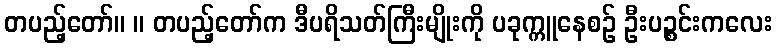
တပည့်တော်။ ။ တပည့်တော်က ဒီပရိသတ်ကြီးမျိုးကို ပခုက္ကူနေစဉ် ဦးပဉ္စင်းကလေး